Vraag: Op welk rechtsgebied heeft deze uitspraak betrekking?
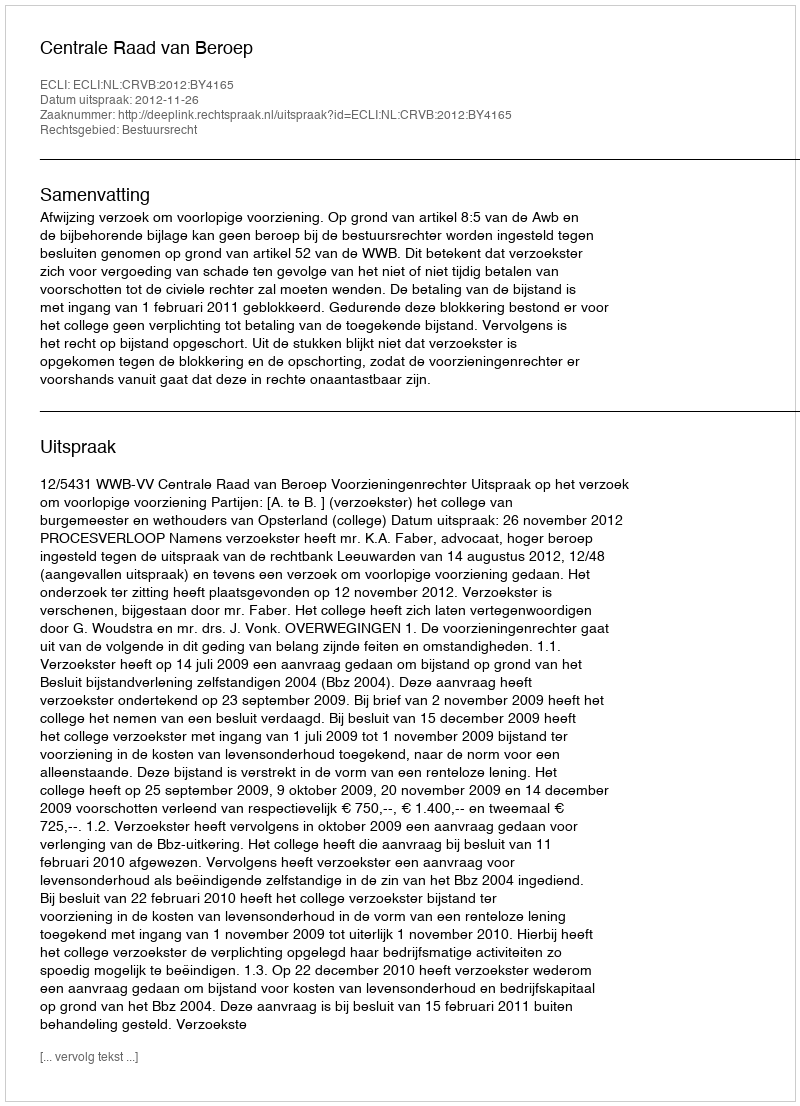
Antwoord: Bestuursrecht